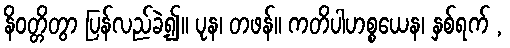
နိဝတ္တိတွာ ပြန်လည်ခဲ့၍။ ပုန၊ တဖန်။ ကတိပါဟစ္စယေန၊ နှစ်ရက် ,